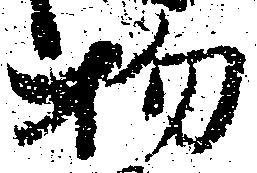
物